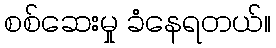
စစ်ဆေးမှု ခံနေရတယ်။